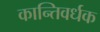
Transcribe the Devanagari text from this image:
कान्तिवर्धक